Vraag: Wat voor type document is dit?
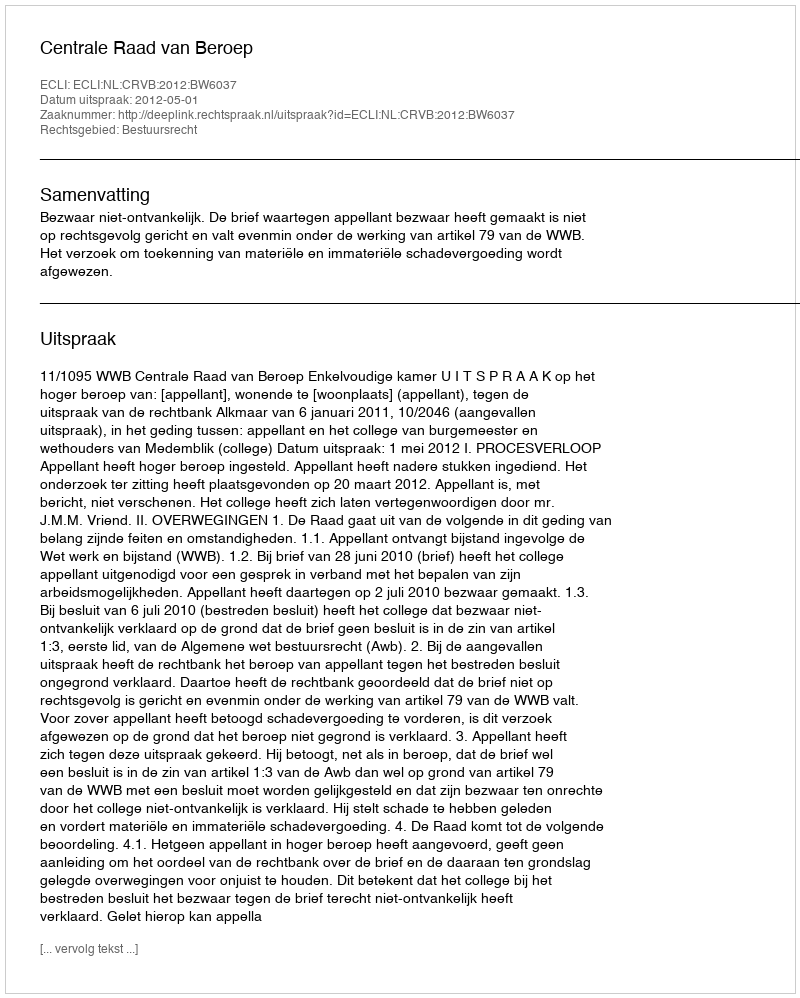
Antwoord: Uitspraak